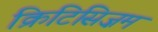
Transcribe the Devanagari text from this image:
क्रिटिसिज़म